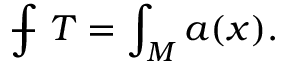
{ \int \! \! \! \! \! \! - } \ T = \int _ { M } a ( x ) .